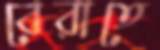
বেরাতে